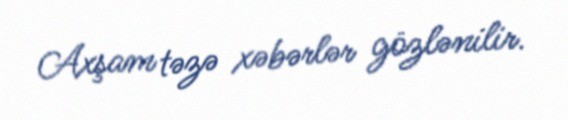
Axşam təzə xəbərlər gözlənilir.